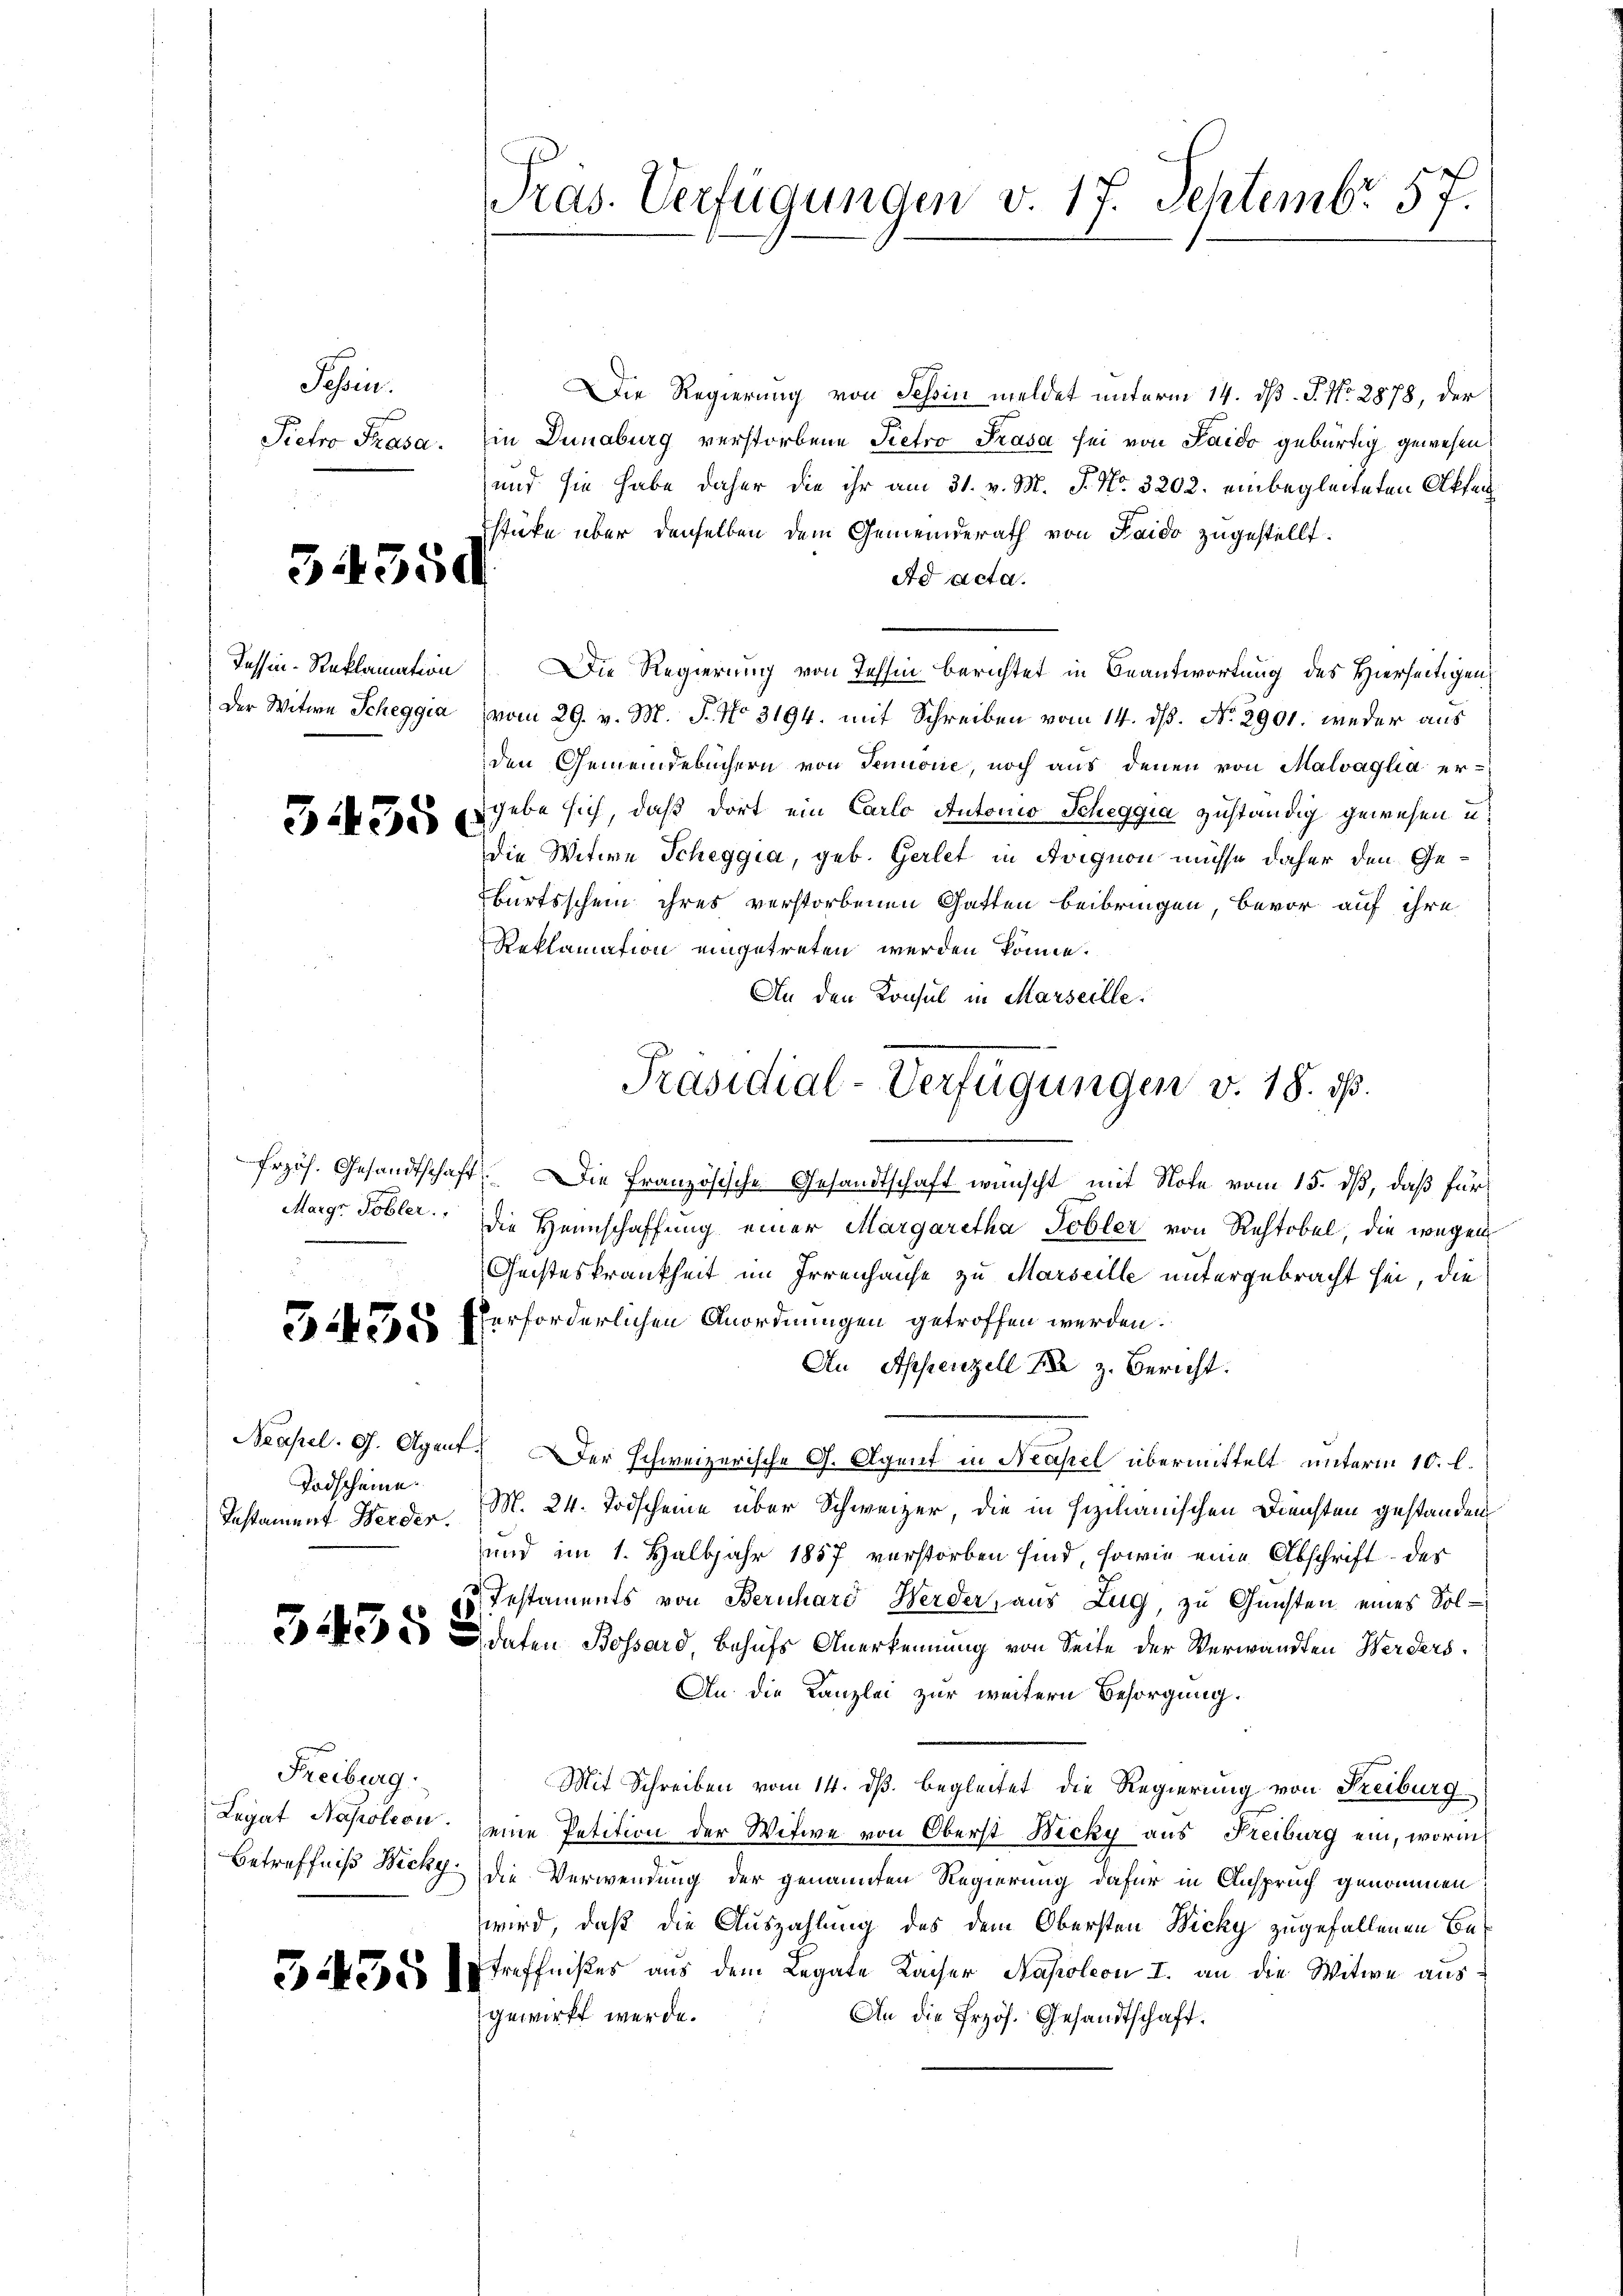
Sehen.
Pietro Trasa.

34350

Tessin-Reklamation

3435

5435)

Todscheine.
Instament Herder.

Freiburg.

3435)

Die Regierung von Tessin meldet unterm 14. dß. P. Nr. 2878, der
in Dunaburg verstorbene Pietro Prasa sei von Saido gebürtig gewesen
und sie habe daher die ihr am 31. v. M. P. Nr. 3202. einbegleiteten Akten¬
Estücke über denselben dem Gemeinderath von Faido zugestellt.
Ad Acta.
Die Regierung von Tessin berichtet in Beantwortung des Hierseitigen
Der Witwe Scheggia vom 29. v. M. J. No 3194. mit Schreiben vom 14. ds. No. 2901. weder aus
den Gemeindebüchern von Sennone, noch aus denen von Malvaglia ergebe sich, daß dort ein Carlo Antonio Scheggia zuständig gewesen u.
Die Witwe Scheggia, geb. Gerlet in Avignon müsse daher den Geburtsschein ihres verstorbenen Gatten beibringen, bevor auf ihre
Reklamation eingetreten werden könne.
An den Konsul in Marseille.
frzös. Gesandtschaft. Die französische Gesandtschaft wünscht mit Note vom 15. dß, daß für
Marg. Tobler. Die Heimschaffung einer Margaretha Tobler von Rechtobel, die wegen
Geisteskrankheit im Irrenhause zu Marseille untergebracht sei, die
verforderlichen Anordnungen getroffen werden.
An Appenzell die z. Bericht.
Neapel. G. Agent. Der schweizerische G. Agent in Neapel übermittelt unterm 10. l.
M. 24. Todscheine über Schweizer, die in sizilianischen Diensten gestanden,
und im 1. Halbjahr 1857 verstorben sind, sowie eine Abschrift des
Iestaments von Bernhard Herder, aus Zug, zu Gunsten eines Solie 2. daten Bossard, behufs Anerkennung von Seite der Verwandten Werders¬
An die Kanzlei zur weitern Besorgung.
Mit Schreiben vom 14. dß. begleitet die Regierung von Freiburg
Legat Napoleon eine Petition der Witwe von Oberst Nicky aus Freiburg ein, worin
Betreffniß Nicky die Verwendung der genannten Regierung dafür in Anspruch genommen
wird, daß die Auszahlung des dem Obersten Wicky zugefallenen Betreffnißes aus dem Legate Kaiser Napoleon I. an die Witwe ausgewirkt werde.
An die frzös. Gesandtschaft.

Pras. Verfügungen v. 17. Septembr. 57.

Präsidial-Verfügungen v. 18. ds.